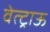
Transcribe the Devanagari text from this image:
वेत्ट्राऊ